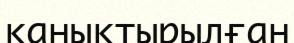
қанықтырылған